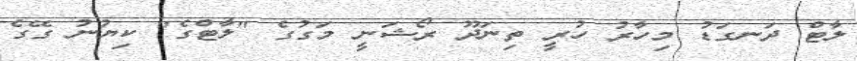
ލާޓް ދަނގަޑު މިހާރު ހުރީ ތިނަދޫ ރޯޝަނީ މަގުގެ "ލާޓްގެ" ކިޔުނު ގޭގެ